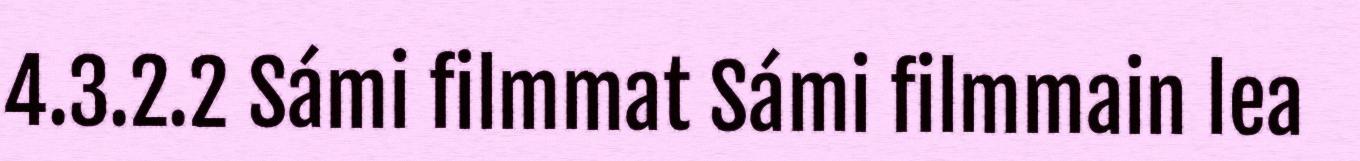
4.3.2.2 Sámi filmmat Sámi filmmain lea